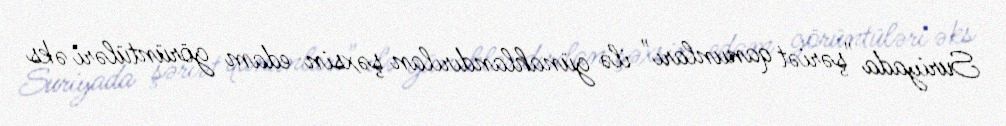
Suriyada "şəriət qanunları" ilə günahlandırılan şəxsin edam görüntüləri əks